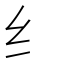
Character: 纟